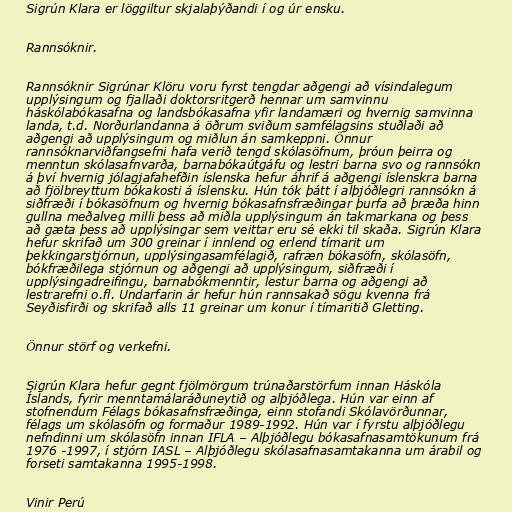
Sigrún Klara er löggiltur skjalaþýðandi í og úr ensku.

Rannsóknir.

Rannsóknir Sigrúnar Klöru voru fyrst tengdar aðgengi að vísindalegum
upplýsingum og fjallaði doktorsritgerð hennar um samvinnu
háskólabókasafna og landsbókasafna yfir landamæri og hvernig samvinna
landa, t.d. Norðurlandanna á öðrum sviðum samfélagsins stuðlaði að
aðgengi að upplýsingum og miðlun án samkeppni. Önnur
rannsóknarviðfangsefni hafa verið tengd skólasöfnum, þróun þeirra og
menntun skólasafnvarða, barnabókaútgáfu og lestri barna svo og rannsókn
á því hvernig jólagjafahefðin íslenska hefur áhrif á aðgengi íslenskra barna
að fjölbreyttum bókakosti á íslensku. Hún tók þátt í alþjóðlegri rannsókn á
siðfræði í bókasöfnum og hvernig bókasafnsfræðingar þurfa að þræða hinn
gullna meðalveg milli þess að miðla upplýsingum án takmarkana og þess
að gæta þess að upplýsingar sem veittar eru sé ekki til skaða. Sigrún Klara
hefur skrifað um 300 greinar í innlend og erlend tímarit um
þekkingarstjórnun, upplýsingasamfélagið, rafræn bókasöfn, skólasöfn,
bókfræðilega stjórnun og aðgengi að upplýsingum, siðfræði í
upplýsingadreifingu, barnabókmenntir, lestur barna og aðgengi að
lestrarefni o.fl. Undarfarin ár hefur hún rannsakað sögu kvenna frá
Seyðisfirði og skrifað alls 11 greinar um konur í tímaritið Gletting.

Önnur störf og verkefni.

Sigrún Klara hefur gegnt fjölmörgum trúnaðarstörfum innan Háskóla
Íslands, fyrir menntamálaráðuneytið og alþjóðlega. Hún var einn af
stofnendum Félags bókasafnsfræðinga, einn stofandi Skólavörðunnar,
félags um skólasöfn og formaður 1989-1992. Hún var í fyrstu alþjóðlegu
nefndinni um skólasöfn innan IFLA – Alþjóðlegu bókasafnasamtökunum frá
1976 -1997, í stjórn IASL – Alþjóðlegu skólasafnasamtakanna um árabil og
forseti samtakanna 1995-1998.

Vinir Perú